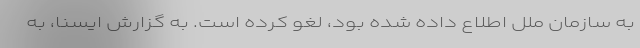
به سازمان ملل اطلاع داده شده بود، لغو کرده است. به گزارش ایسنا، به